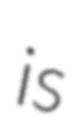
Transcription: is